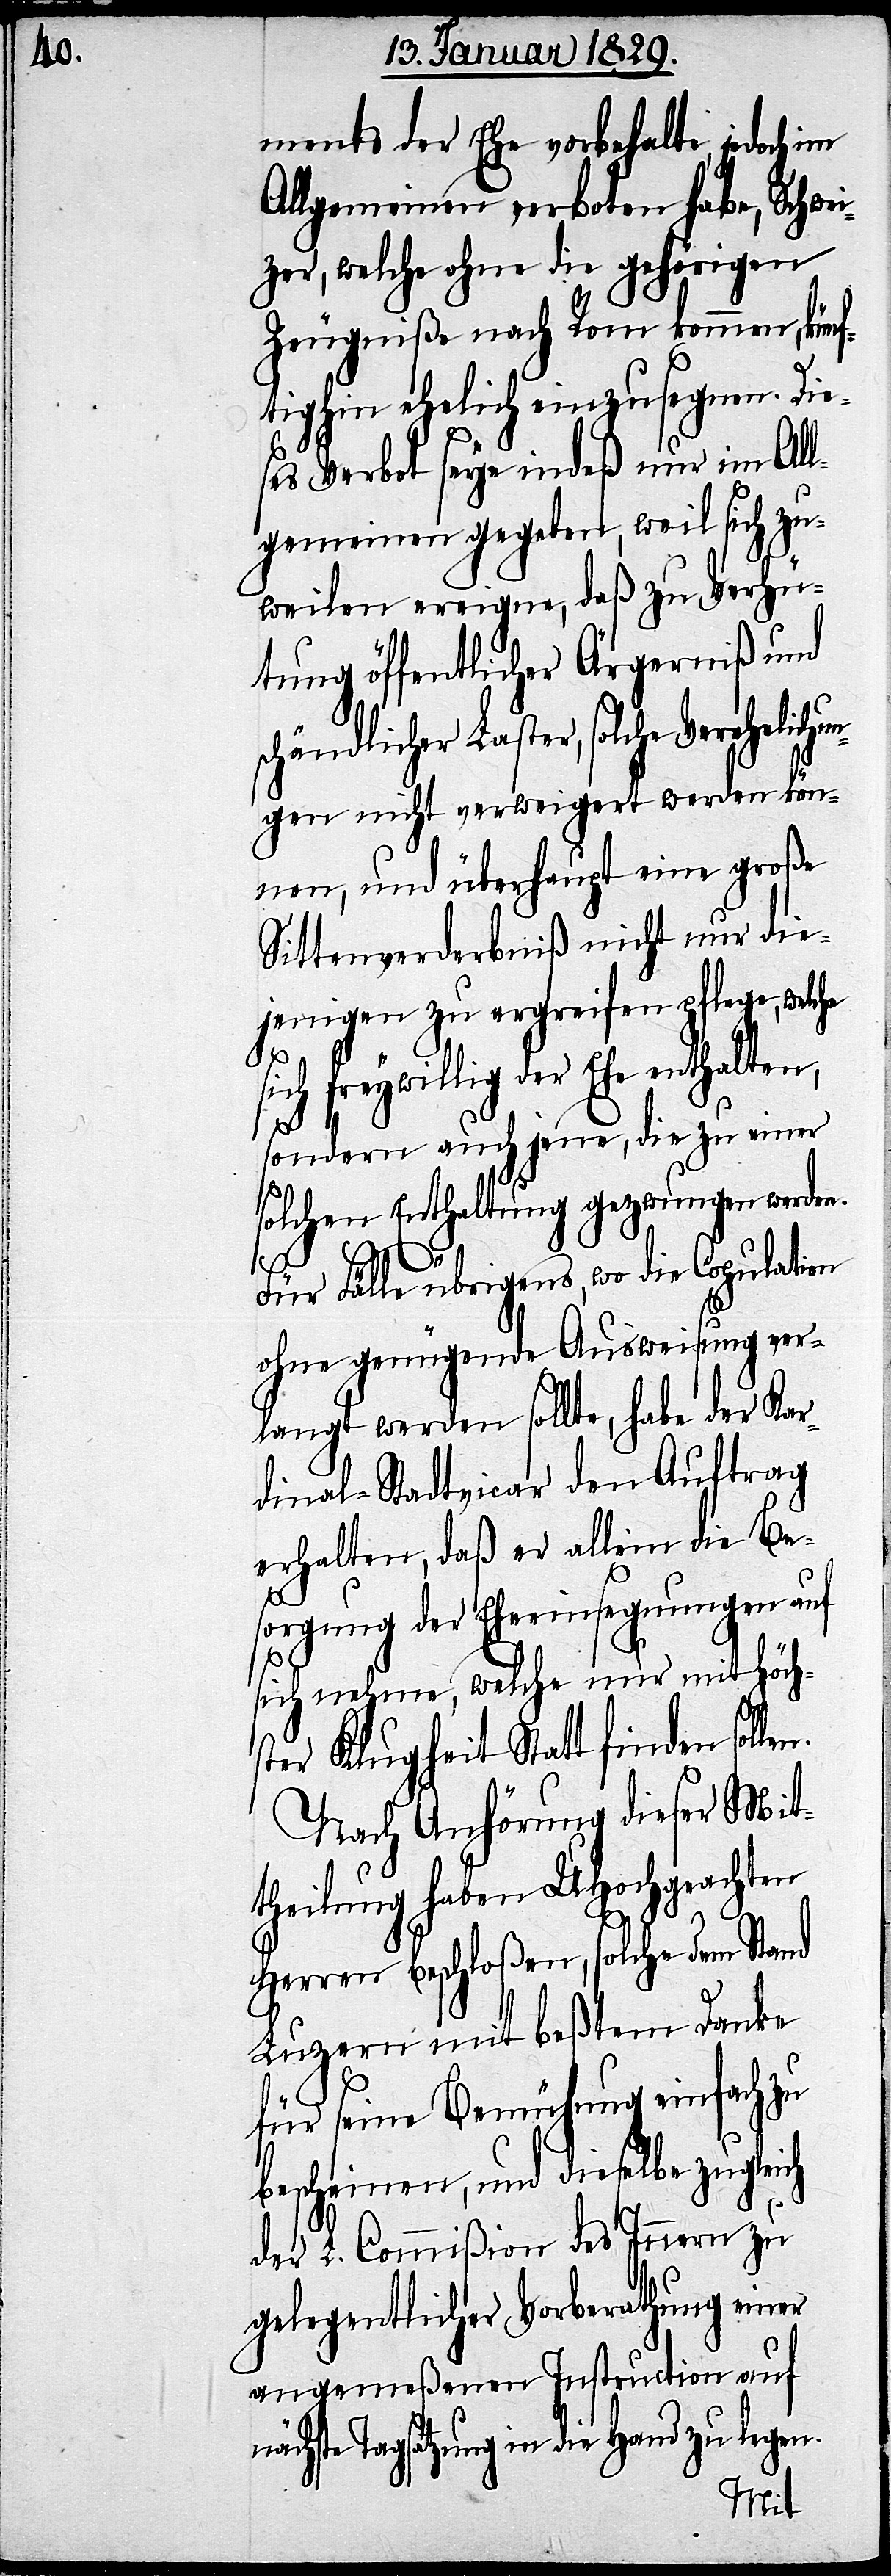
ments der Ehe vorbehalte, jedoch im
Allgemeinen verboten habe, Schwe¬
izer, welche ohne die gehörigen
Zeugniße nach Rom kommen, künf¬
tighin ehelich einzusegnen. Die¬
ses Verbot seye indeß nur im All¬
gemeinen gegeben, weil sich zu¬
weilen ereigne, daß zu Verhü¬
tung öffentlicher Ärgerniß und
chändlicher Laster, solche Verehelich¬
gen nicht verweigert werden kön¬
nen, und überhaupt eine große
Sittenverderbniß nicht nur die¬
jenigen zu ergreifen pflege, welche
freywillig der Ehe enthalten,
sondern auch jene, die zu einer
solchen Enthaltung gezwungen werden.
n.
Für Fälle übrigens, wo die Copulation
ohne genügende Ausweisung ver¬
langt werden sollte, habe der Kar¬
dinal-Stadtvicar den Auftrag
erhalten, daß er allein die Be¬
sorgung der Eheeinsegnungen auf
sich nehme, welche nur mit höch¬
ster Klugheit Statt finden solle¬
Nach Anhörung dieser Mit¬
theilung haben UHochgeachten
Herren beschloßen, solche dem Stand
Luzern mit beßtem Danke
für seine Bemühung einfach zu
bescheinen, und dieselbe zugle¬
der L. Commißion des Innern zu
gelegentlicher Vorberathung einer
angemeßenen Instruction auf
nächste Tagsatzung in die Hand zu legen.
ich